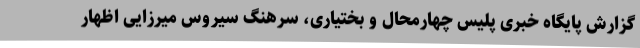
گزارش پایگاه خبری پلیس چهارمحال و بختیاری، سرهنگ سیروس میرزایی اظهار